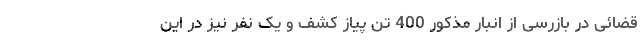
قضائی در بازرسی از انبار مذکور 400 تن پیاز کشف و یک نفر نیز در این